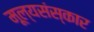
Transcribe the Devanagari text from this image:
मूल्यसंस्कार